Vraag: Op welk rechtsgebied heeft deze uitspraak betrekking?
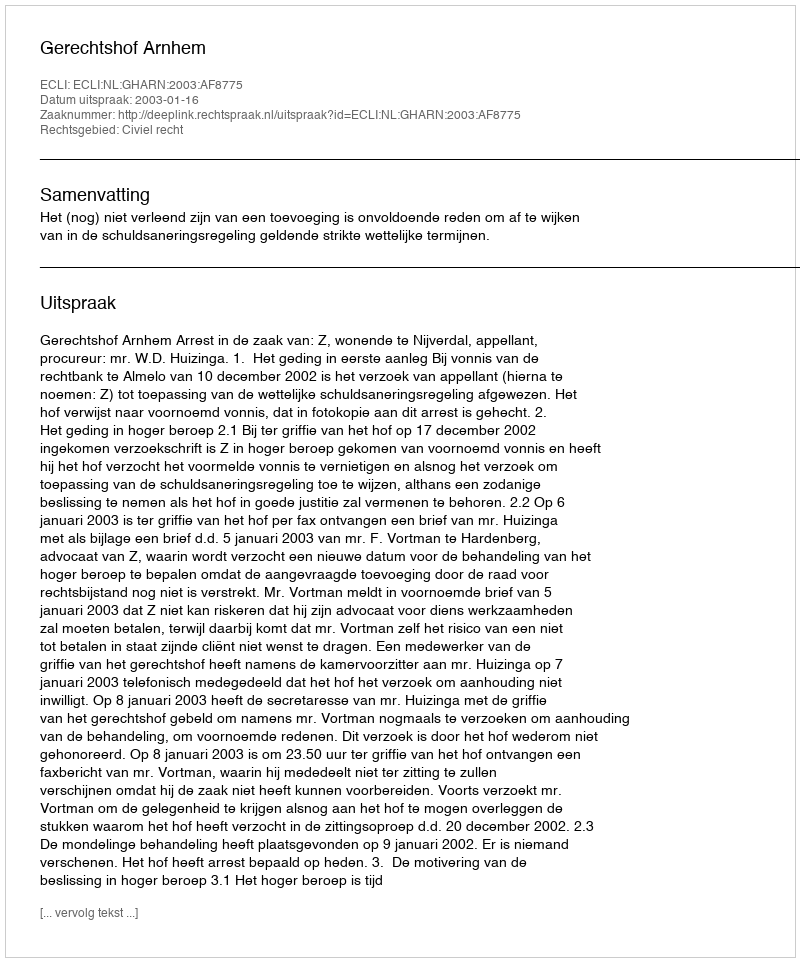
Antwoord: Civiel recht